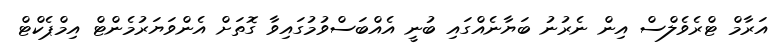
އަރާމް ޓްރެވެލްސް އިން ނެރުނު ބަޔާނެއްގައި ބުނީ އެއްބަސްވުމުގައިވާ ގޮތަށް އެންވަޔަރުމެންޓް އިމްޕެކްޓް